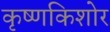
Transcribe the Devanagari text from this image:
कृष्णकिशोर